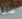
غالى